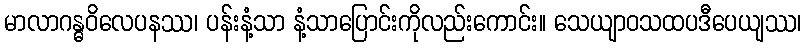
မာလာဂန္ဓဝိလေပနဿ၊ ပန်းနံ့သာ နံ့သာပြောင်းကိုလည်းကောင်း။ သေယျာဝသထပဒီပေယျဿ၊